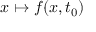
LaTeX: x \mapsto f ( x , t _ { 0 } )